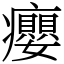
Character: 癭